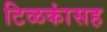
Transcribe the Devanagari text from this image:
टिळकांसह